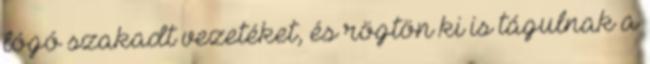
lógó szakadt vezetéket, és rögtön ki is tágulnak a